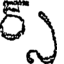
ర్